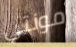
مونتي